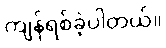
ကျန်ရစ်ခဲ့ပါတယ်။